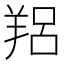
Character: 𦎑